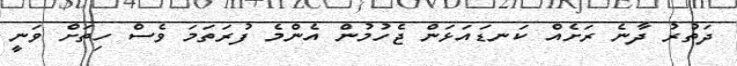
ދަތުރު ދާނެ ރަށެއް ކަނޑައަޅަން ޖެހުމުން އެންމެ ފުރަތަމަ ވެސް ހިތަށް ވަނީ